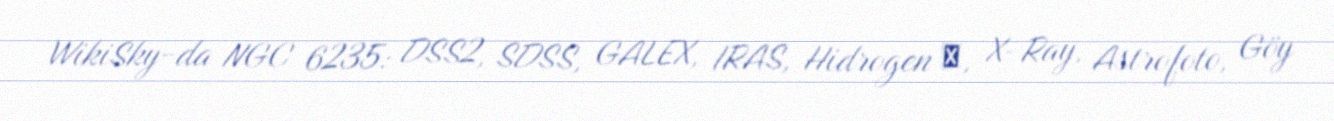
WikiSky-da NGC 6235: DSS2, SDSS, GALEX, IRAS, Hidrogen α, X-Ray, Astrofoto, Göy